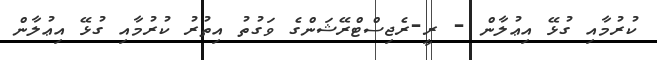
ކުރުމާއި ގުޅޭ އިޢުލާން - ރީ-ރެޖިސްޓްރޭޝަންގެ ވަގުތު އިތުރު ކުރުމާއި ގުޅޭ އިޢުލާން